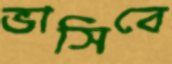
ভাসিবে